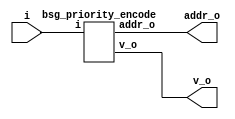


module top
(
  i,
  addr_o,
  v_o
);

  input [15:0] i;
  output [3:0] addr_o;
  output v_o;

  bsg_priority_encode
  wrapper
  (
    .i(i),
    .addr_o(addr_o),
    .v_o(v_o)
  );


endmodule



module bsg_scan_width_p16_or_p1_lo_to_hi_p0
(
  i,
  o
);

  input [15:0] i;
  output [15:0] o;
  wire [15:0] o;
  wire t_3__15_,t_3__14_,t_3__13_,t_3__12_,t_3__11_,t_3__10_,t_3__9_,t_3__8_,t_3__7_,
  t_3__6_,t_3__5_,t_3__4_,t_3__3_,t_3__2_,t_3__1_,t_3__0_,t_2__15_,t_2__14_,
  t_2__13_,t_2__12_,t_2__11_,t_2__10_,t_2__9_,t_2__8_,t_2__7_,t_2__6_,t_2__5_,t_2__4_,
  t_2__3_,t_2__2_,t_2__1_,t_2__0_,t_1__15_,t_1__14_,t_1__13_,t_1__12_,t_1__11_,
  t_1__10_,t_1__9_,t_1__8_,t_1__7_,t_1__6_,t_1__5_,t_1__4_,t_1__3_,t_1__2_,t_1__1_,
  t_1__0_;
  assign t_1__15_ = i[15] | 1'b0;
  assign t_1__14_ = i[14] | i[15];
  assign t_1__13_ = i[13] | i[14];
  assign t_1__12_ = i[12] | i[13];
  assign t_1__11_ = i[11] | i[12];
  assign t_1__10_ = i[10] | i[11];
  assign t_1__9_ = i[9] | i[10];
  assign t_1__8_ = i[8] | i[9];
  assign t_1__7_ = i[7] | i[8];
  assign t_1__6_ = i[6] | i[7];
  assign t_1__5_ = i[5] | i[6];
  assign t_1__4_ = i[4] | i[5];
  assign t_1__3_ = i[3] | i[4];
  assign t_1__2_ = i[2] | i[3];
  assign t_1__1_ = i[1] | i[2];
  assign t_1__0_ = i[0] | i[1];
  assign t_2__15_ = t_1__15_ | 1'b0;
  assign t_2__14_ = t_1__14_ | 1'b0;
  assign t_2__13_ = t_1__13_ | t_1__15_;
  assign t_2__12_ = t_1__12_ | t_1__14_;
  assign t_2__11_ = t_1__11_ | t_1__13_;
  assign t_2__10_ = t_1__10_ | t_1__12_;
  assign t_2__9_ = t_1__9_ | t_1__11_;
  assign t_2__8_ = t_1__8_ | t_1__10_;
  assign t_2__7_ = t_1__7_ | t_1__9_;
  assign t_2__6_ = t_1__6_ | t_1__8_;
  assign t_2__5_ = t_1__5_ | t_1__7_;
  assign t_2__4_ = t_1__4_ | t_1__6_;
  assign t_2__3_ = t_1__3_ | t_1__5_;
  assign t_2__2_ = t_1__2_ | t_1__4_;
  assign t_2__1_ = t_1__1_ | t_1__3_;
  assign t_2__0_ = t_1__0_ | t_1__2_;
  assign t_3__15_ = t_2__15_ | 1'b0;
  assign t_3__14_ = t_2__14_ | 1'b0;
  assign t_3__13_ = t_2__13_ | 1'b0;
  assign t_3__12_ = t_2__12_ | 1'b0;
  assign t_3__11_ = t_2__11_ | t_2__15_;
  assign t_3__10_ = t_2__10_ | t_2__14_;
  assign t_3__9_ = t_2__9_ | t_2__13_;
  assign t_3__8_ = t_2__8_ | t_2__12_;
  assign t_3__7_ = t_2__7_ | t_2__11_;
  assign t_3__6_ = t_2__6_ | t_2__10_;
  assign t_3__5_ = t_2__5_ | t_2__9_;
  assign t_3__4_ = t_2__4_ | t_2__8_;
  assign t_3__3_ = t_2__3_ | t_2__7_;
  assign t_3__2_ = t_2__2_ | t_2__6_;
  assign t_3__1_ = t_2__1_ | t_2__5_;
  assign t_3__0_ = t_2__0_ | t_2__4_;
  assign o[15] = t_3__15_ | 1'b0;
  assign o[14] = t_3__14_ | 1'b0;
  assign o[13] = t_3__13_ | 1'b0;
  assign o[12] = t_3__12_ | 1'b0;
  assign o[11] = t_3__11_ | 1'b0;
  assign o[10] = t_3__10_ | 1'b0;
  assign o[9] = t_3__9_ | 1'b0;
  assign o[8] = t_3__8_ | 1'b0;
  assign o[7] = t_3__7_ | t_3__15_;
  assign o[6] = t_3__6_ | t_3__14_;
  assign o[5] = t_3__5_ | t_3__13_;
  assign o[4] = t_3__4_ | t_3__12_;
  assign o[3] = t_3__3_ | t_3__11_;
  assign o[2] = t_3__2_ | t_3__10_;
  assign o[1] = t_3__1_ | t_3__9_;
  assign o[0] = t_3__0_ | t_3__8_;

endmodule



module bsg_priority_encode_one_hot_out_width_p16_lo_to_hi_p0
(
  i,
  o,
  v_o
);

  input [15:0] i;
  output [15:0] o;
  output v_o;
  wire [15:0] o;
  wire v_o,N0,N1,N2,N3,N4,N5,N6,N7,N8,N9,N10,N11,N12,N13,N14;
  wire [14:1] scan_lo;

  bsg_scan_width_p16_or_p1_lo_to_hi_p0
  \nw1.scan 
  (
    .i(i),
    .o({ o[15:15], scan_lo, v_o })
  );

  assign o[14] = scan_lo[14] & N0;
  assign N0 = ~o[15];
  assign o[13] = scan_lo[13] & N1;
  assign N1 = ~scan_lo[14];
  assign o[12] = scan_lo[12] & N2;
  assign N2 = ~scan_lo[13];
  assign o[11] = scan_lo[11] & N3;
  assign N3 = ~scan_lo[12];
  assign o[10] = scan_lo[10] & N4;
  assign N4 = ~scan_lo[11];
  assign o[9] = scan_lo[9] & N5;
  assign N5 = ~scan_lo[10];
  assign o[8] = scan_lo[8] & N6;
  assign N6 = ~scan_lo[9];
  assign o[7] = scan_lo[7] & N7;
  assign N7 = ~scan_lo[8];
  assign o[6] = scan_lo[6] & N8;
  assign N8 = ~scan_lo[7];
  assign o[5] = scan_lo[5] & N9;
  assign N9 = ~scan_lo[6];
  assign o[4] = scan_lo[4] & N10;
  assign N10 = ~scan_lo[5];
  assign o[3] = scan_lo[3] & N11;
  assign N11 = ~scan_lo[4];
  assign o[2] = scan_lo[2] & N12;
  assign N12 = ~scan_lo[3];
  assign o[1] = scan_lo[1] & N13;
  assign N13 = ~scan_lo[2];
  assign o[0] = v_o & N14;
  assign N14 = ~scan_lo[1];

endmodule



module bsg_encode_one_hot_width_p16_lo_to_hi_p0
(
  i,
  addr_o,
  v_o
);

  input [15:0] i;
  output [3:0] addr_o;
  output v_o;
  wire [3:0] addr_o;
  wire v_o,v_3__8_,v_2__12_,v_2__8_,v_2__4_,v_2__0_,v_1__14_,v_1__12_,v_1__10_,v_1__8_,
  v_1__6_,v_1__4_,v_1__2_,v_1__0_,addr_3__9_,addr_3__8_,addr_3__1_,addr_3__0_,
  addr_2__12_,addr_2__8_,addr_2__4_,addr_2__0_;
  assign v_1__0_ = i[1] | i[0];
  assign v_1__2_ = i[3] | i[2];
  assign v_1__4_ = i[5] | i[4];
  assign v_1__6_ = i[7] | i[6];
  assign v_1__8_ = i[9] | i[8];
  assign v_1__10_ = i[11] | i[10];
  assign v_1__12_ = i[13] | i[12];
  assign v_1__14_ = i[15] | i[14];
  assign v_2__0_ = v_1__2_ | v_1__0_;
  assign addr_2__0_ = i[0] | i[2];
  assign v_2__4_ = v_1__6_ | v_1__4_;
  assign addr_2__4_ = i[4] | i[6];
  assign v_2__8_ = v_1__10_ | v_1__8_;
  assign addr_2__8_ = i[8] | i[10];
  assign v_2__12_ = v_1__14_ | v_1__12_;
  assign addr_2__12_ = i[12] | i[14];
  assign addr_o[3] = v_2__4_ | v_2__0_;
  assign addr_3__1_ = v_1__0_ | v_1__4_;
  assign addr_3__0_ = addr_2__0_ | addr_2__4_;
  assign v_3__8_ = v_2__12_ | v_2__8_;
  assign addr_3__9_ = v_1__8_ | v_1__12_;
  assign addr_3__8_ = addr_2__8_ | addr_2__12_;
  assign v_o = v_3__8_ | addr_o[3];
  assign addr_o[2] = v_2__0_ | v_2__8_;
  assign addr_o[1] = addr_3__1_ | addr_3__9_;
  assign addr_o[0] = addr_3__0_ | addr_3__8_;

endmodule



module bsg_priority_encode
(
  i,
  addr_o,
  v_o
);

  input [15:0] i;
  output [3:0] addr_o;
  output v_o;
  wire [3:0] addr_o;
  wire v_o;
  wire [15:0] enc_lo;

  bsg_priority_encode_one_hot_out_width_p16_lo_to_hi_p0
  a
  (
    .i(i),
    .o(enc_lo),
    .v_o(v_o)
  );


  bsg_encode_one_hot_width_p16_lo_to_hi_p0
  b
  (
    .i(enc_lo),
    .addr_o(addr_o)
  );


endmodule